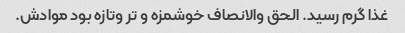
غذا گرم رسید. الحق والانصاف خوشمزه و تر وتازه بود موادش.